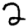
Digit: 2